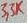
Text: 3,3K